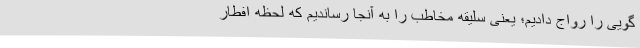
گویی را رواج دادیم؛ یعنی سلیقه مخاطب را به آنجا رساندیم که لحظه افطار